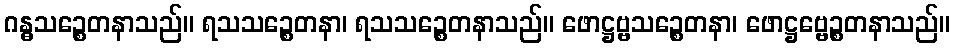
ဂန္ဓသဉ္စေတနာသည်။ ရသသဉ္စေတနာ၊ ရသသဉ္စေတနာသည်။ ဖောဋ္ဌဗ္ဗသဉ္စေတနာ၊ ဖောဋ္ဌဗ္ဗေဉ္စတနာသည်။